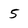
Character: 5